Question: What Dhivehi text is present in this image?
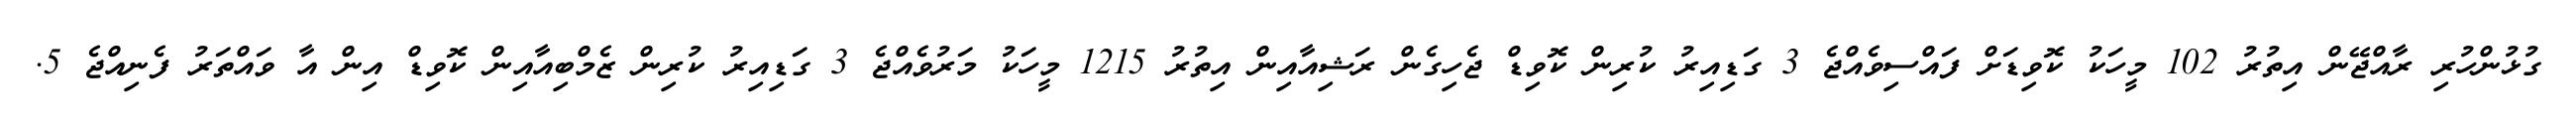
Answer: ގުޅުންހުރި ރާއްޖޭން އިތުރު 102 މީހަކު ކޮވިޑަށް ފައްސިވެއްޖެ 3 ގަޑިއިރު ކުރިން ކޮވިޑް ޖެހިގެން ރަޝިއާއިން އިތުރު 1215 މީހަކު މަރުވެއްޖެ 3 ގަޑިއިރު ކުރިން ޒެމްބިއާއިން ކޮވިޑް އިން އާ ވައްތަރު ފެނިއްޖެ 5.